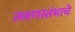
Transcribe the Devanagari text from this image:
लवणस्तंभाचे